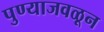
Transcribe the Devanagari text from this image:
पुण्याजवळून